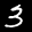
Label: 3